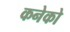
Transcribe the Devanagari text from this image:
कनेको